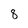
Character: 8